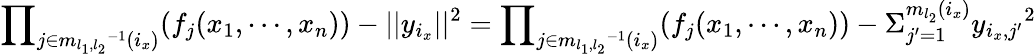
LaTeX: {\prod}_{j\in{m_{l_{1},l_{2}}}^{-1}(i_{x})}(f_{j}(x_{1},\cdots,x_{n}))-||y_{i_{x}}||^{2}={\prod}_{j\in{m_{l_{1},l_{2}}}^{-1}(i_{x})}(f_{j}(x_{1},\cdots,x_{n}))-{\Sigma}_{j^{\prime}=1}^{m_{l_{2}}(i_{x})}{y_{i_{x},j^{\prime}}}^{2}